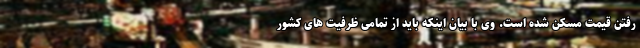
رفتن قیمت مسکن شده است. وی با بیان اینکه باید از تمامی ظرفیت های کشور